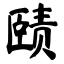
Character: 赜